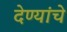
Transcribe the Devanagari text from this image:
देण्यांचे